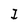
Character: I